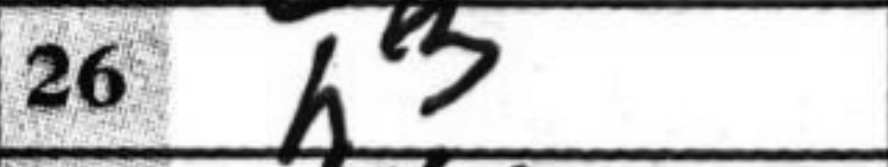
Transcription: h3